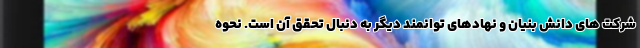
شرکت های دانش بنیان و نهادهای توانمند دیگر به دنبال تحقق آن است. نحوه